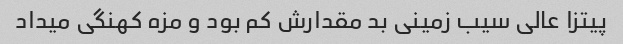
پیتزا عالی سیب زمینی بد مقدارش کم بود و مزه کهنگی میداد